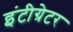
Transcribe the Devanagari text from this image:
इंटीग्रेटर